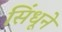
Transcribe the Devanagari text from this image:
सिंधूने